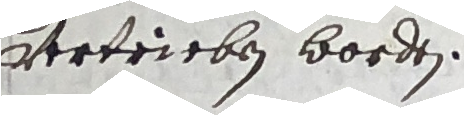
vertrieben worden.